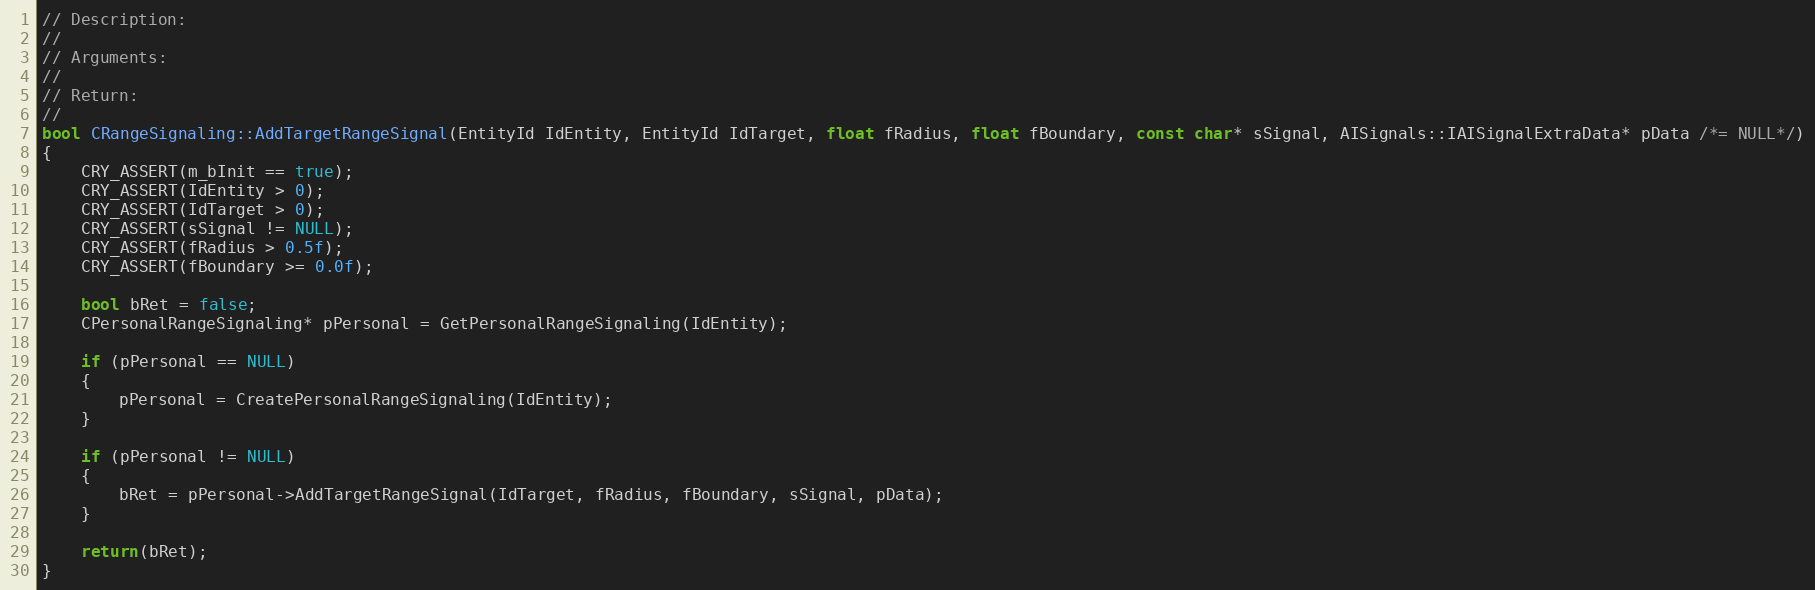
Language: C++
// Description:
//
// Arguments:
//
// Return:
//
bool CRangeSignaling::AddTargetRangeSignal(EntityId IdEntity, EntityId IdTarget, float fRadius, float fBoundary, const char* sSignal, AISignals::IAISignalExtraData* pData /*= NULL*/)
{
	CRY_ASSERT(m_bInit == true);
	CRY_ASSERT(IdEntity > 0);
	CRY_ASSERT(IdTarget > 0);
	CRY_ASSERT(sSignal != NULL);
	CRY_ASSERT(fRadius > 0.5f);
	CRY_ASSERT(fBoundary >= 0.0f);

	bool bRet = false;
	CPersonalRangeSignaling* pPersonal = GetPersonalRangeSignaling(IdEntity);

	if (pPersonal == NULL)
	{
		pPersonal = CreatePersonalRangeSignaling(IdEntity);
	}

	if (pPersonal != NULL)
	{
		bRet = pPersonal->AddTargetRangeSignal(IdTarget, fRadius, fBoundary, sSignal, pData);
	}

	return(bRet);
}